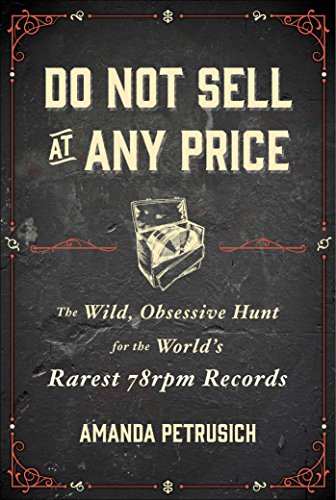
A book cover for Do Not Sell At Any Price: The Wild, Obsessive Hunt for the World's Rarest 78rpm Records; Amanda Petrusich; Crafts, Hobbies & Home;